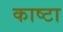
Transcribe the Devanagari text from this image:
काष्टा